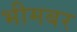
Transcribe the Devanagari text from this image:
भीमबर